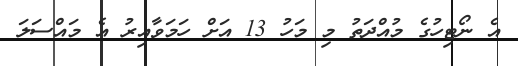
އެ ނޯޓިހުގެ މުއްދަތު މި މަހު 13 އަށް ހަމަވާއިރު އެ މައްސަލަ